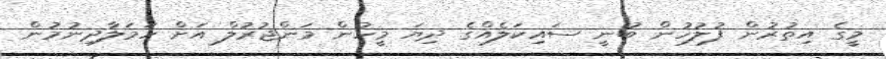
މީގެ އިތުރުން ފުލުހުން ބުނީ ސައިކަލެއްގެ ދިޔަ މީހުން މަންޖުރުލް އަށް ހަމަލާދިނުމުން